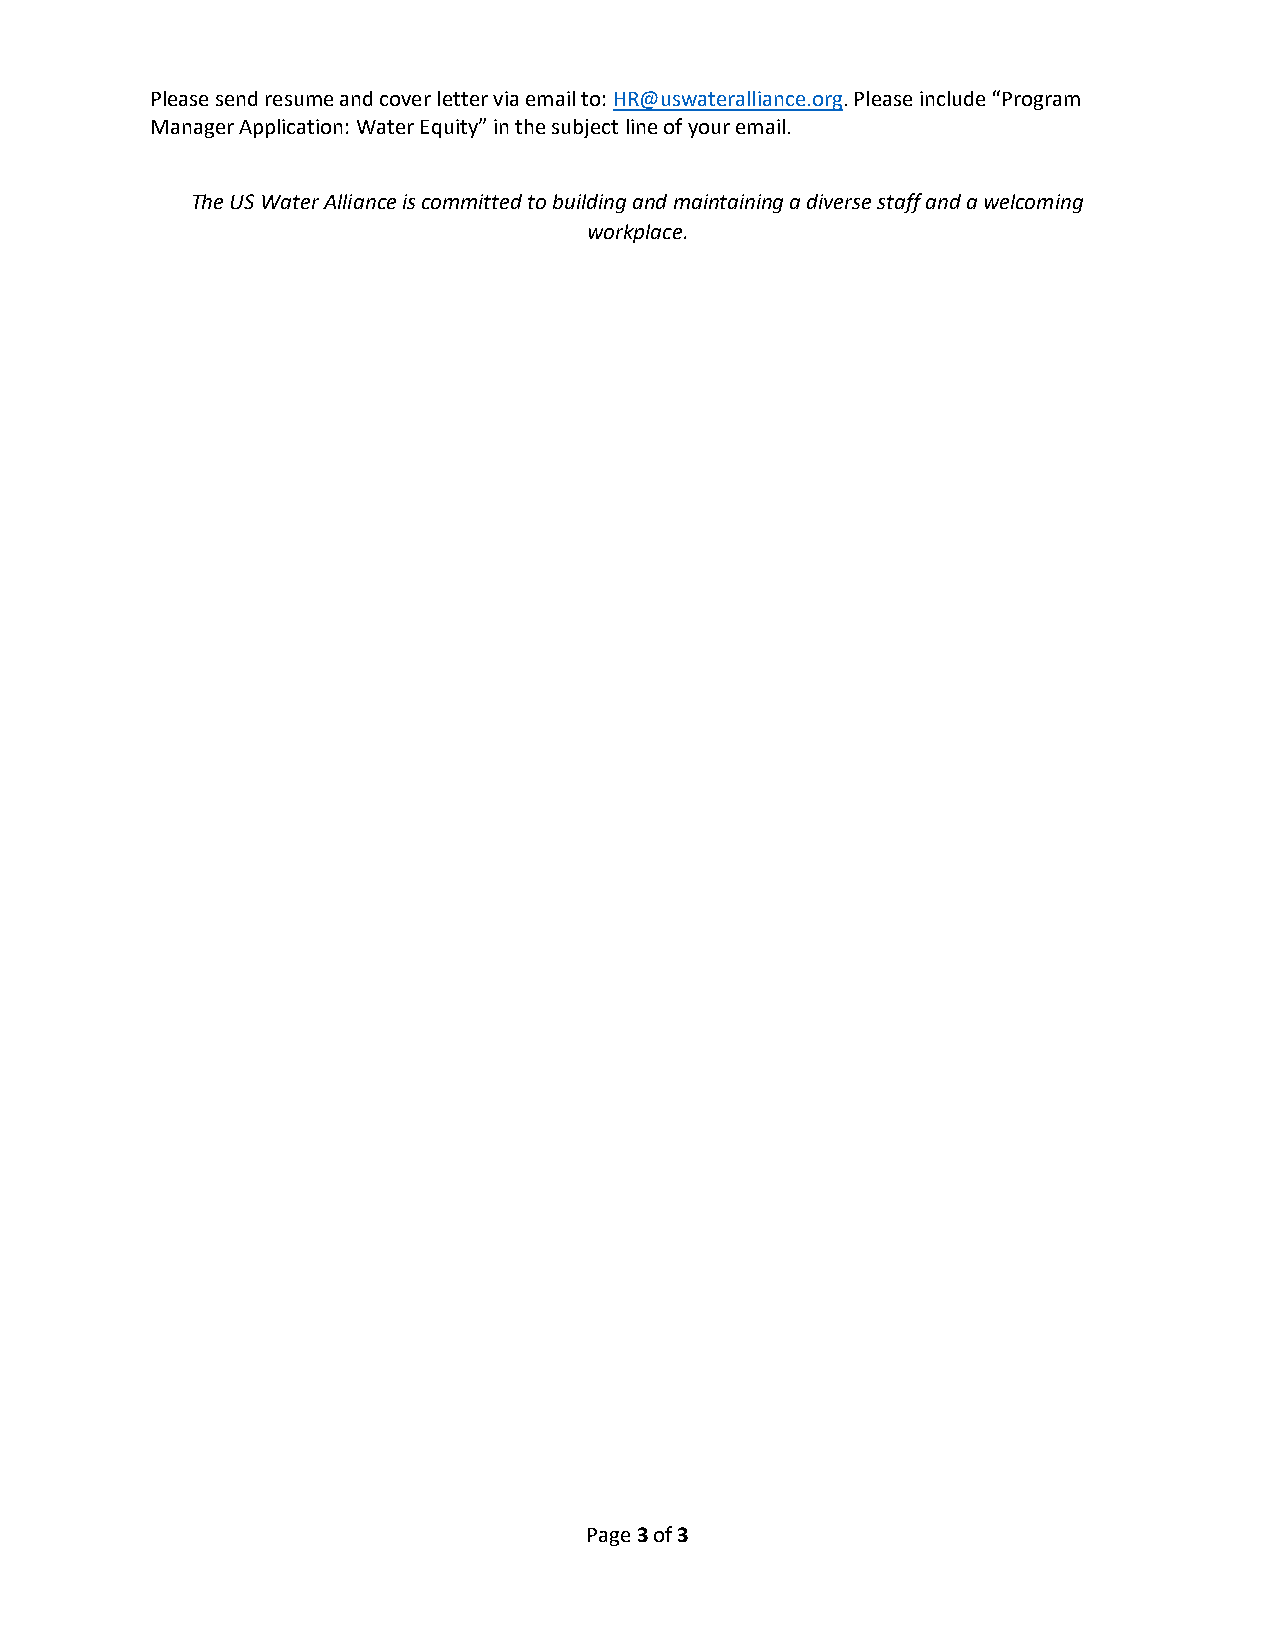
Please send resume and cover letter via email to: HR@uswateralliance.org. Please include “Program
 Manager Application: Water Equity” in the subject line of your email.
 The US Water Alliance is committed to building and maintaining a diverse staff and a welcoming
 workplace.
 Page 3 of 3